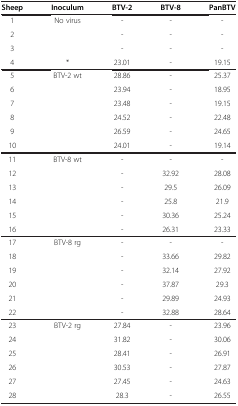
| Sheep | Inoculum | BTV-2 | BTV-8 | PanBTV |
 | --- | --- | --- | --- | --- |
 | 1 | No virus | - | - | - |
 | 2 |  | - | - | - |
 | 3 |  | - | - | - |
 | 4 | * | 23.01 | - | 19.15 |
 | 5 | BTV-2 wt | 28.86 | - | 25.37 |
 | 6 |  | 23.94 | - | 18.95 |
 | 7 |  | 23.48 | - | 19.15 |
 | 8 |  | 24.52 | - | 22.48 |
 | 9 |  | 26.59 | - | 24.65 |
 | 10 |  | 24.01 | - | 19.14 |
 | 11 | BTV-8 wt | - | - | - |
 | 12 |  | - | 32.92 | 28.08 |
 | 13 |  | - | 29.5 | 26.09 |
 | 14 |  | - | 25.8 | 21.9 |
 | 15 |  | - | 30.36 | 25.24 |
 | 16 |  | - | 26.31 | 23.33 |
 | 17 | BTV-8 rg | - | - | - |
 | 18 |  | - | 33.66 | 29.82 |
 | 19 |  | - | 32.14 | 27.92 |
 | 20 |  | - | 37.87 | 29.3 |
 | 21 |  | - | 29.89 | 24.93 |
 | 22 |  | - | 32.88 | 28.64 |
 | 23 | BTV-2 rg | 27.84 | - | 23.96 |
 | 24 |  | 31.82 | - | 30.06 |
 | 25 |  | 28.41 | - | 26.91 |
 | 26 |  | 30.53 | - | 27.87 |
 | 27 |  | 27.45 | - | 24.63 |
 | 28 |  | 28.3 | - | 26.55 |